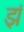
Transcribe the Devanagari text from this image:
झं